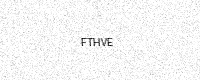
Text: FTHVE